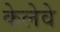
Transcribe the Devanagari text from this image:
केलेवे